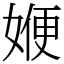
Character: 㛹